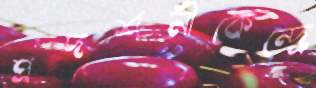
প্রদর্শনীকেন্দ্রে